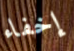
إخفاء